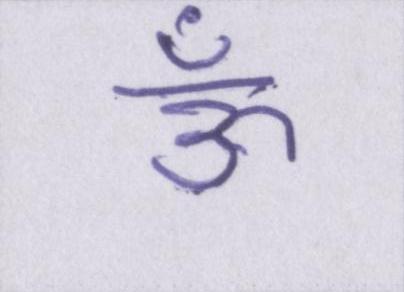
ऊँ